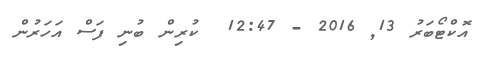
އޮކްޓޯބަރު 13